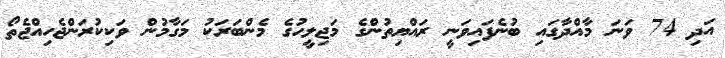
އަދި 74 ވަނަ މާއްދާގައި ބުނެފައިވަނީ ރައްޔިތުންގެ މަޖިލީހުގެ މެންބަރަކު މަގާމުން ވަކިކުރަންޖެހިއްޖެތޯ